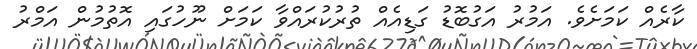
ކާރެއް ކަމަށެވެ. އަމުރު އަގުބޮޑު ގަޑިއެއް ތުރުކުރައްވާ ކަމަށް ނޫހުގައި އޮތުމުން އަމްރު